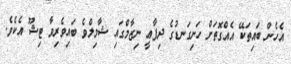
އެހެން ބައިތަކޭ އެއްގޮތަށް ހަށިގަނޑުގެ ދިފާޢީ ނިޒާމްގައި ޝާމިލްވެ ބައިވެރިވާ ޓިޝޫ އެކެވެ.